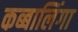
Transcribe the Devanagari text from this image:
कब्बालिंगा